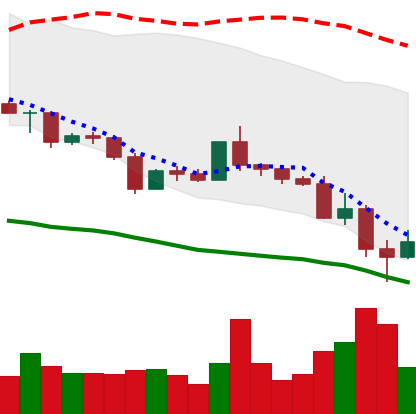
Ticker: ETC-USD
Chart end date: 2022-05-13
Forward return: -3.356%
Label: down_3_5